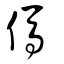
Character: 傌